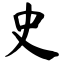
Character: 史